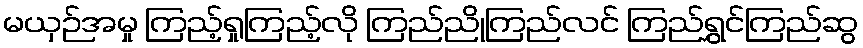
မယှဉ်အမှု ကြည့်ရှုကြည့်လို ကြည်ညိုကြည်လင် ကြည်ရွှင်ကြည်ဆွ